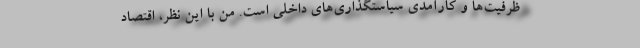
ظرفیت‌ها و کارآمدی سیاستگذاری‌های داخلی است. من با این نظر، اقتصاد